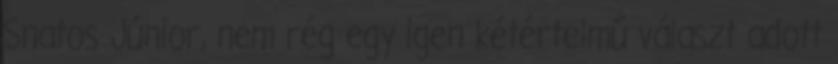
Snatos Júnior, nem rég egy igen kétértelmű választ adott